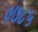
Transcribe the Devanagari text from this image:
०७८५